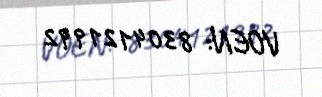
VOEN: 8304121992